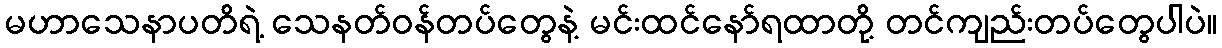
မဟာသေနာပတိရဲ့ သေနတ်ဝန်တပ်တွေနဲ့ မင်းထင်နော်ရထာတို့ တင်ကျည်းတပ်တွေပါပဲ။